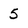
Character: 5